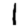
Digit: 1